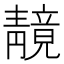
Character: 𫕼